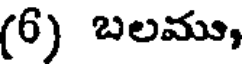
(6) బలము,